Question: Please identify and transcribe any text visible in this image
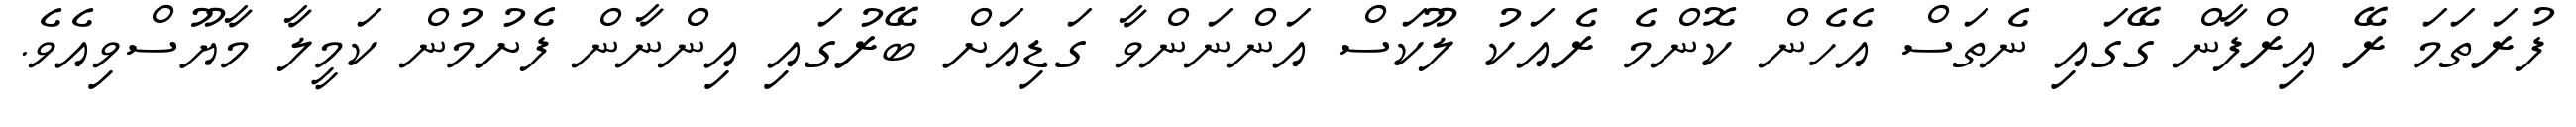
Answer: ފުރަތަމަ ރޭ އިރްފާން ގޭގައި ނެތަސް އެހެން ކޮންމެ ރެއަކު ލޫކަސް އަންނަންވާ ގަޑިއަށް ބޭރުގައި އިންނާން ފެށުމުން ކަމީލާ މާޔޫސްވިއެވެ.